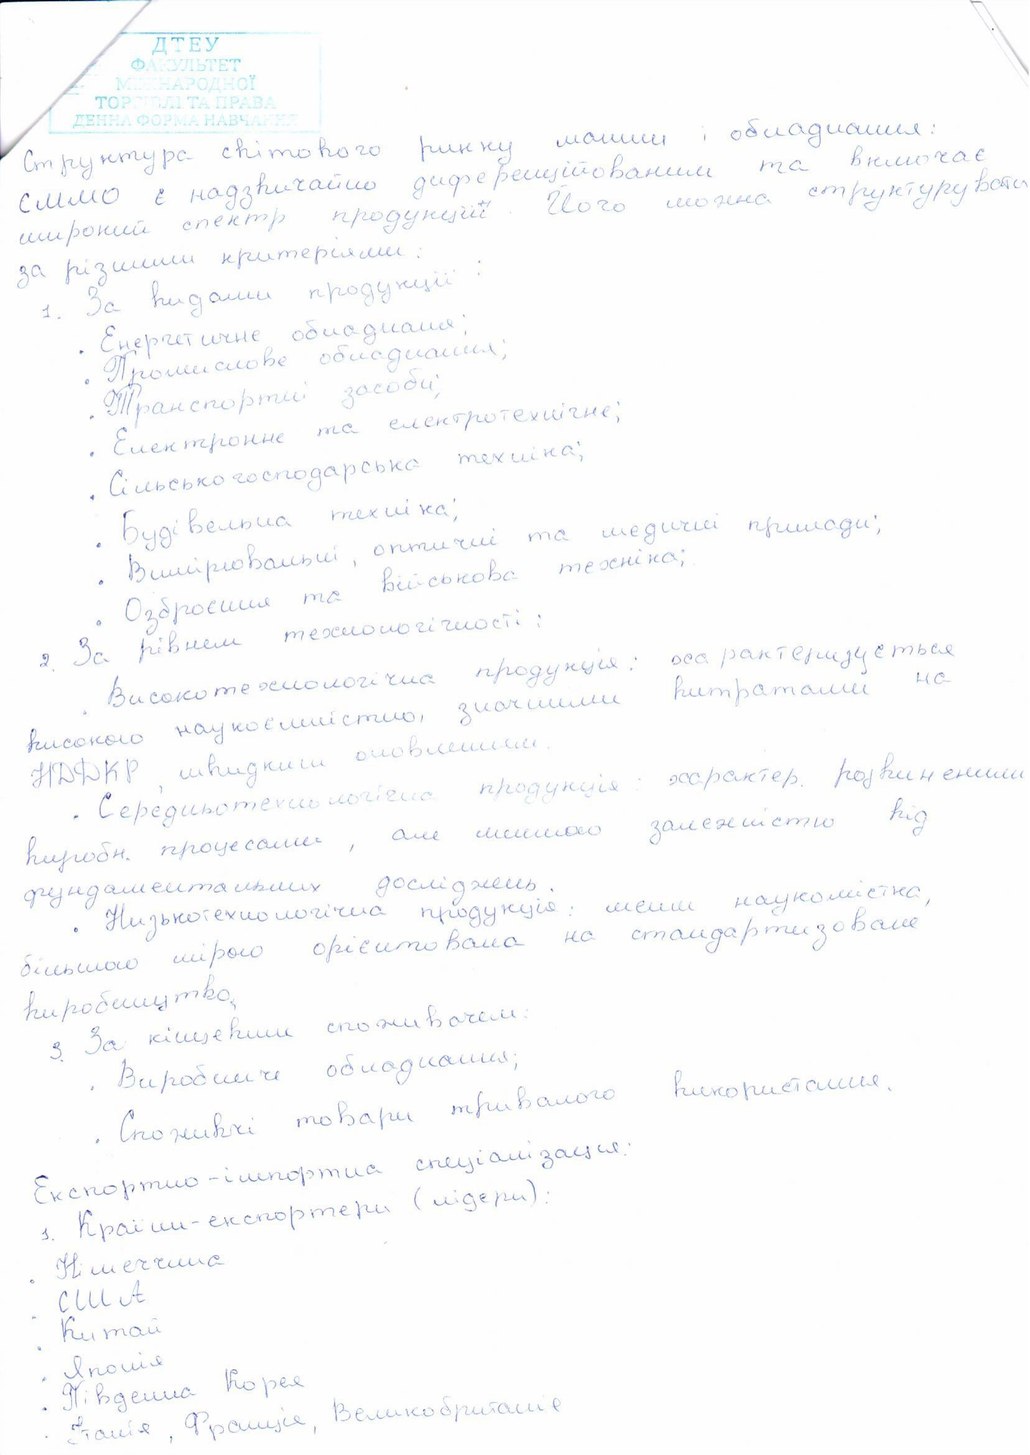
Структура світового ринку машин і обладнання:
СММО є надзвичайно диференційованим та включає
широкий спектр продукції. Його можна структурувати
за різними критеріями:
1. За видами продукції
• Енергетичне обладнання;
• Промислове обладнання;
• Транспортні засоби;
• Електронне та електротехнічне;
• Сільськогосподарська техніка;
• Будівельна техніка;
• Вимірювальні, оптичні та медичні прилади;
• Озброєння та військова техніка;
2. За рівнем технологічності:
Високотехнологічна продукція характеризується
високою наукоємністю, значними витратами на
НДДКР, швидким швидким оновленням
Середньотехнологічна продукція: характер. розвиненими
виробн. процесами, але меншою залежністю від
фундаментальних досліджень.
Низькотехнологічна продукція: менш наукомістка,
більшою мірою орієнтована на стандартизоване
виробництво
3. За кінцевим споживачем:
Виробниче обладнання
Споживчі товари тривалого використання
Експортно-імпортна спеціалізація.
Країни-експортери (лідери)
Німеччина
США
Китай
Японія
Південна Корея
Італія, Франція, Великобританія